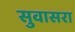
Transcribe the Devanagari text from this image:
सुवासरा